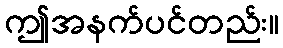
ဤအနက်ပင်တည်း။